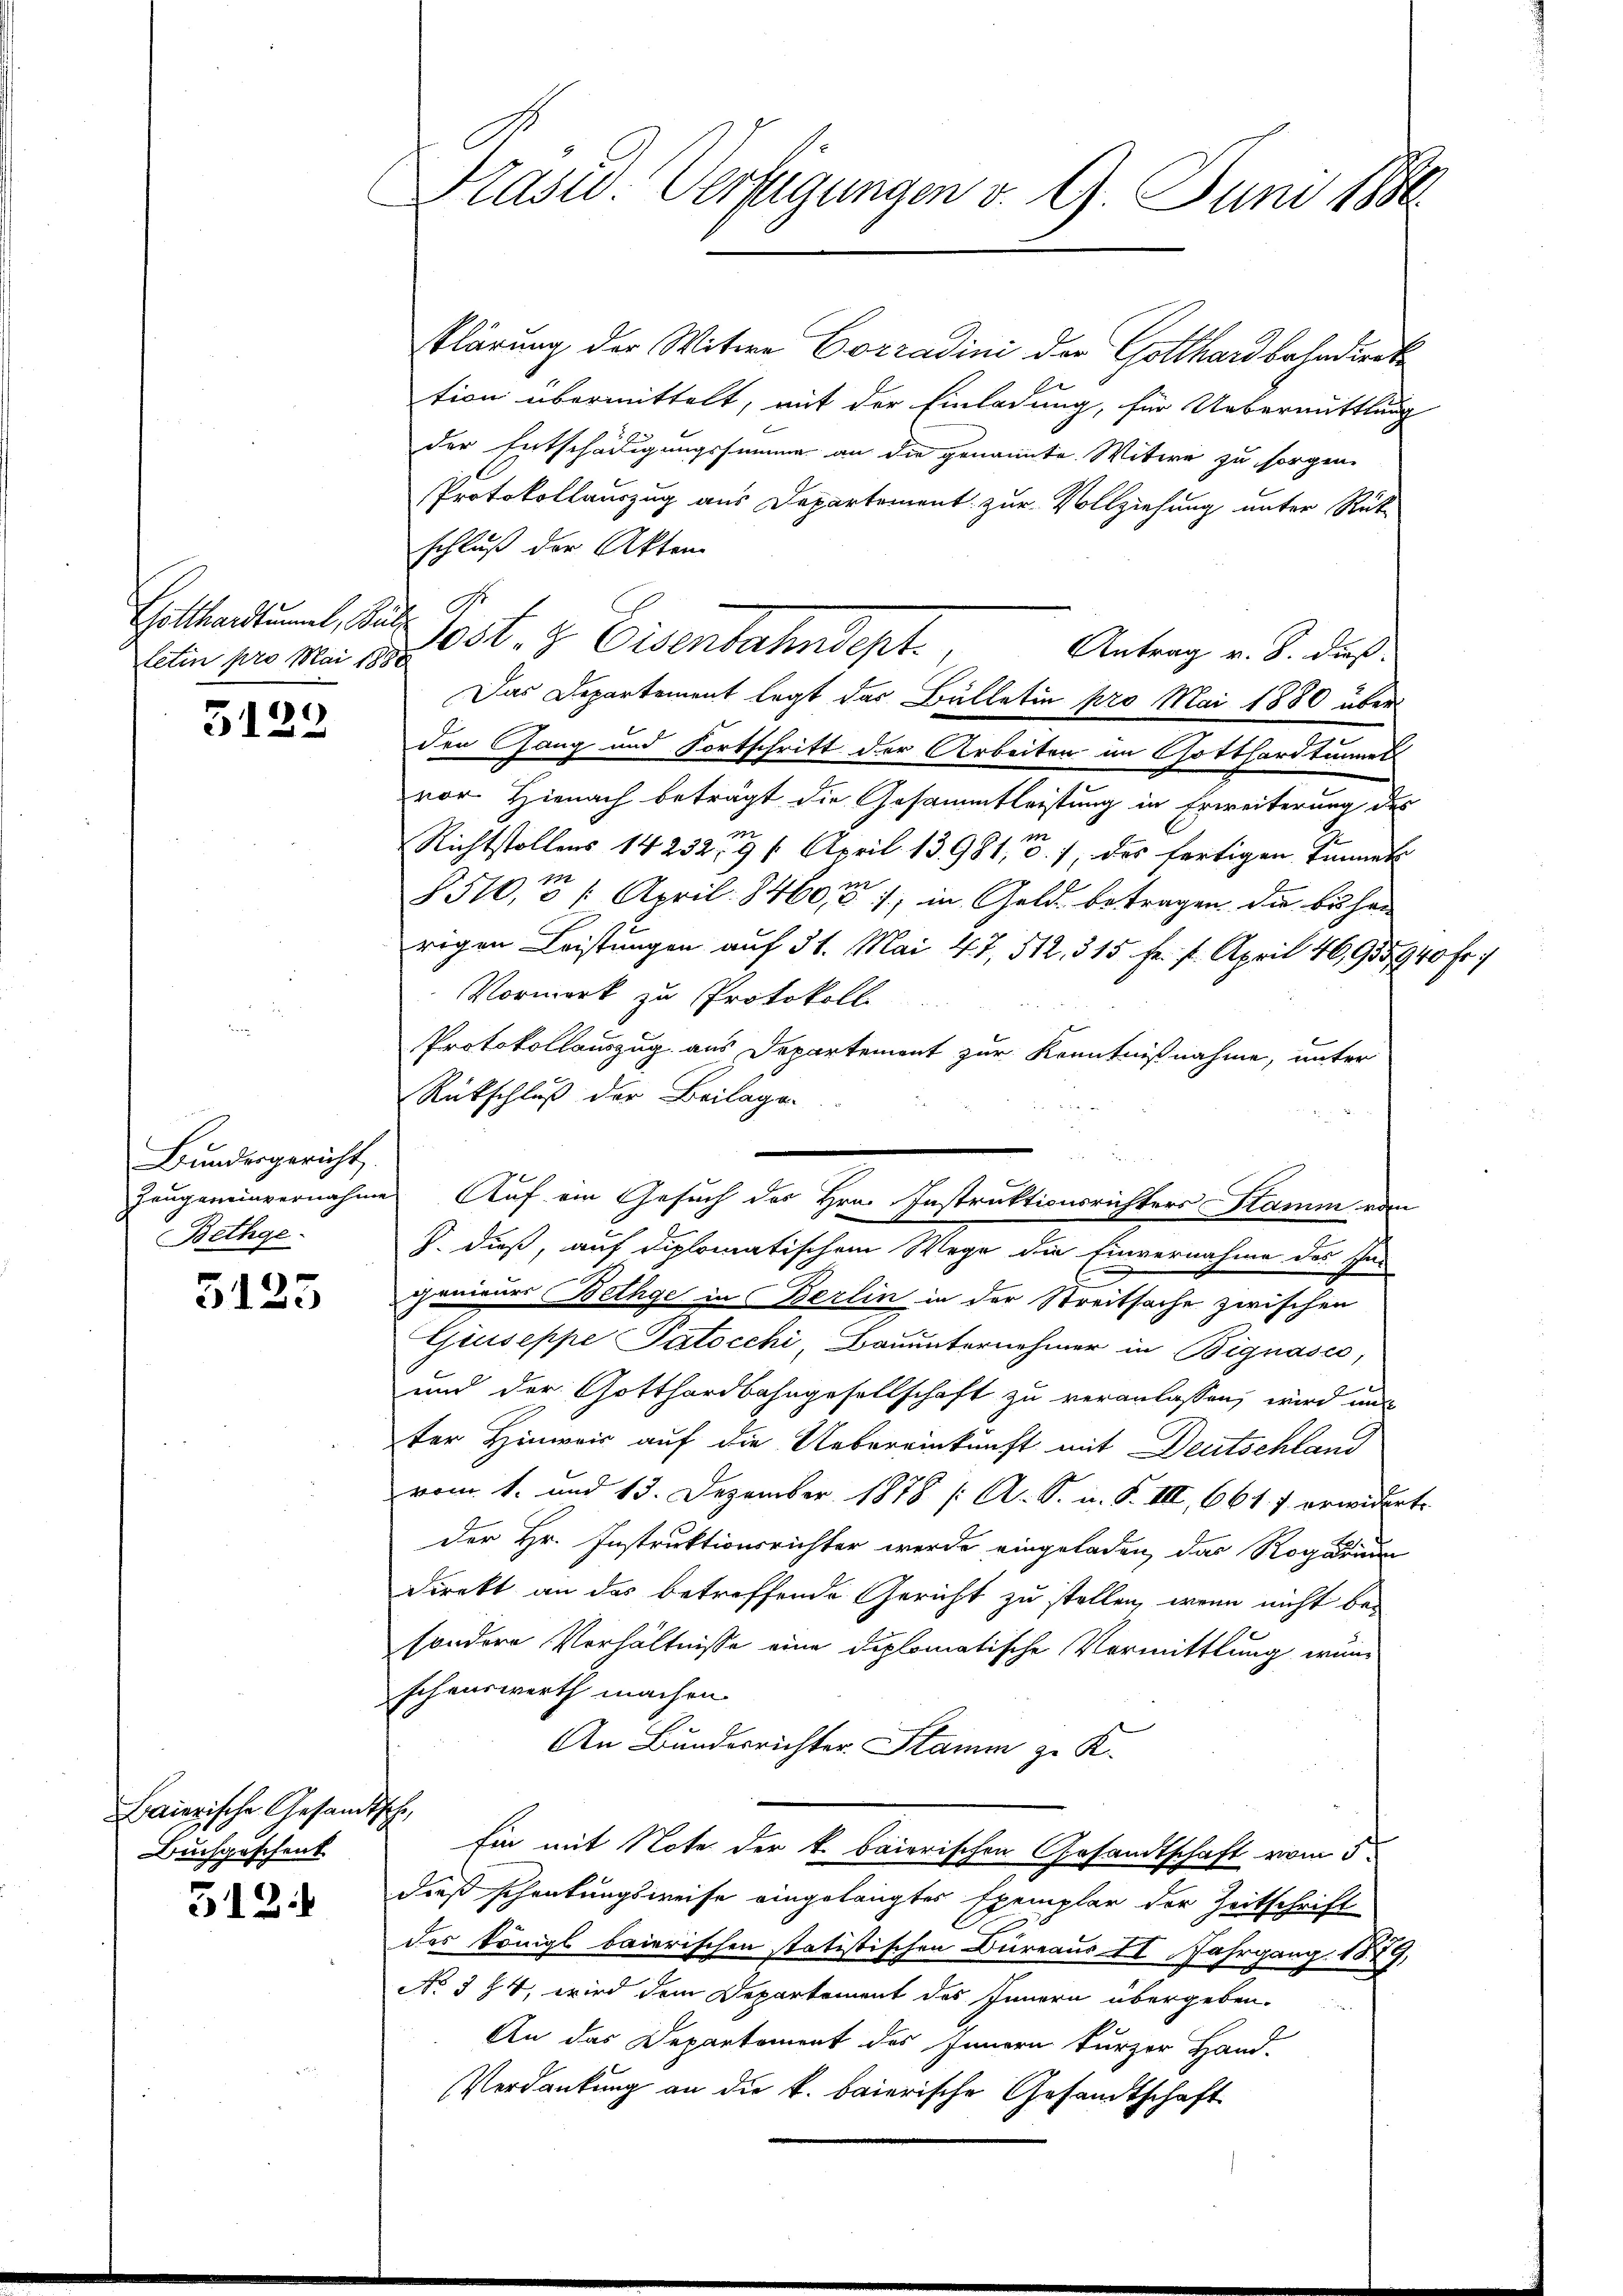
letin pro Mai 1888

3122

Bundesgericht.
Zeugeneinvernahme
Bethge

5125

Baierische Gesandt
Buchgeschenk

312:

Präsid. Verfügungen v. 9. Juni 1886.

klärung der Witwe Corradini der Gotthardbahndierte
tion übermittelt, mit der Einladung, für Uebermittlung
der Entschädigungssumme an die genannte Witwe zu sorgen.
Protokollauszug aus Departement zur Vollziehung unter Rück-
schluß der Akten
Antrag v. 8. dieß.
Das Departement legt das Bülletin pro Mai 1880 über
den Gang und Fortschritt der Arbeiten in Gotthardtumes
vor. Hienach beträgt die Gesammtleistung in Erweiterung des
Richtstollens 14232 n 1. April 13981, 3., des fertigen Sinnet
§510, 1. April 18460, in Geld betragen, die buchen
rigen Leistungen auf 31. Mai 47, 512, 315 fr. 7. April 46,935940 Fr.
Vormerk zu Protokoll
Protokollauszug aus Departement zur Kenntnißnahme, unter
Rückschluß der Beilage.
genieues Bethge in Berlin in der Streitsache zwischen
Giuseppe Patocchi, Bauunternehmer in Bignasco,
und der Gotthardbahngesellschaft zu veranlassen, wird unt
ter Hinweis auf die Uebereinkunft mit Deutschland
vom 1. und 13. Dezember 1878 (: A. S. u. F. III, 661. 7 erwidert.
Der Hr. Instruktionsrichter werde eingeladen, das Rogarium
Direkt an das betreffende Gericht zu stellen, wenn nicht be-
sondern Verhältnisse eine diplomatische Vormittlung, wen
schenswerth machen.
An Bunderrichter Stamm zu K.
t
Ein mit Note der k. baierischen Gesandtschaft vom 5.
dieß schenkungsweise eingelangtes Exemplar der Zeitschrift
des königl baierischen statistischen Büreaus II Jahrgang 1879,
No 394, wird dem Departement des Innern übergeben.
An das Departement des Innern kurzer Hand.
Verdankung an die k. baierische Gesandtschaft

.
Gottendunt, Satz. 1051. 2. Eisenbahndept.

Auf ein Gesuch des Hrn. Instruktionsrichters Stamm vom
J. dieß, auf diplomatischem Wege die Einvernahme des In-